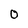
Character: 0